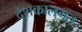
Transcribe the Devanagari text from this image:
देशकालगत